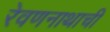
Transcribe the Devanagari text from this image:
रेवणनाथाची